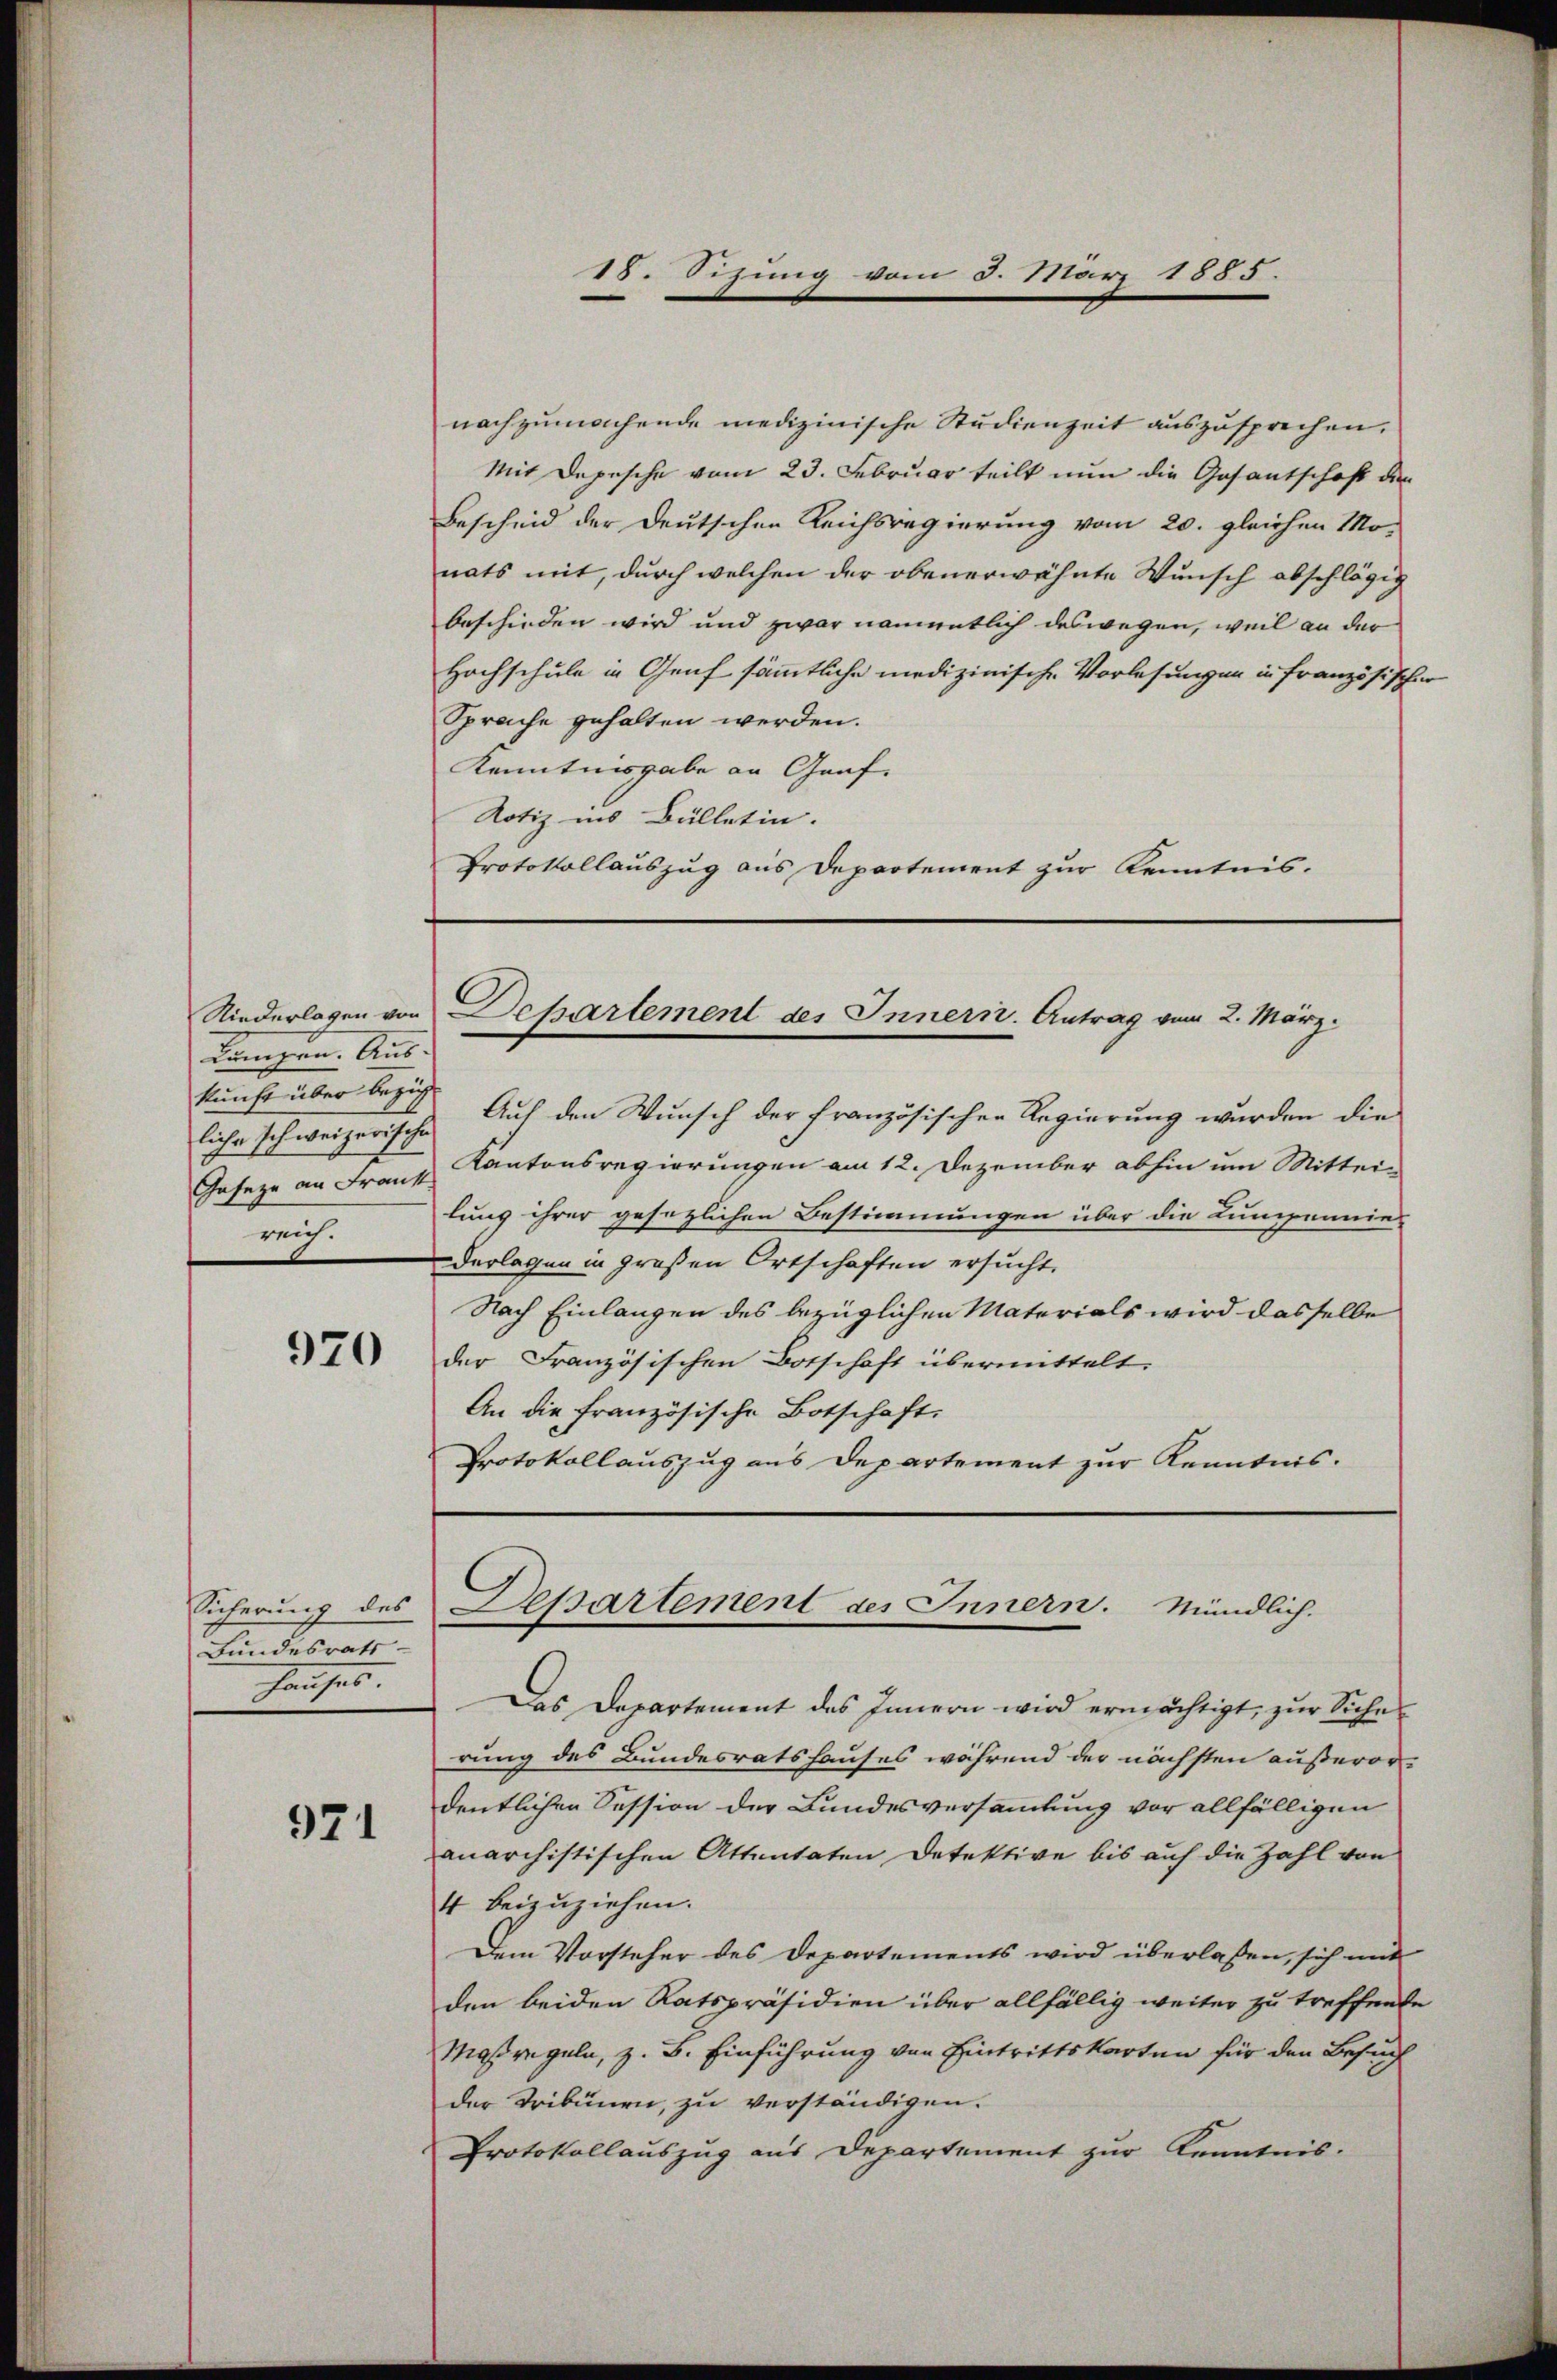
dungen. Aus-
kunft über bezieh
liche Ich weizerische
Gaseze an Frank
reich.

920

Sicherung des
Bundesrath
Hauses.

971

nachzumachende medizinische Studienzeit auszusprechen.
Mit Depesche vom 23. Februar teilt nun die Gesantschaft den
Bescheid der Deutschen Reichsregierung vom 20. gleichen Mo-
nats mit, durch welchen der obenerwähnte Wunsch abschlägig
beschieden wird und zwar namentlich deswegen, weil an der
Hochschule in Genf sämmtliche medizinische Vorlesungen in französischer
Sprache gehalten werden.
Kenntnisgabe an Graf.
Notiz ins Bülletin. |
Protokollauszug aus Departement zur Kenntnis.

18. Sizung vom 8. März 1885.

Niederlassen von Departement des Innern. Antrag vom 2. März.

Auf den Wunsch der französischen Regierung wurden die
Kantonsregierungen am 12. Dezember abhin um Mittei-
lung ihrer gesetzlichen Bestimmungen über die Lumpennies
Verlagen in großen Ortschaften ersucht.
Nach Einlangen des bezüglichen Materials wird dasselbe
der Französischen Botschaft übermittelt.
An die französische Botschaft.
Protokollauszug aus Departement zur Kenntnis.
Das Departement des Innern wird ermächtigt, zur Siches
rung des Bundesratshauses während der nächsten außerordentlichen Session der Bundesversammlung vor allfälligen
anarchistischen Attentaten Detektive bis auf die Zahl von
4 beizuziehen.
Dem Vorsteher des Departements wird überlaßen, sich mit
den beiden Ratspräsidien über allfällig weiter zu treffende
Maßregeln, z. B. Einführung von Eintrittskarten für den Besuch
der Tribünen, zu verständigen.
Protokollauszug aus Departement zur Kenntnis-

Departement des Innern. Mündlich.